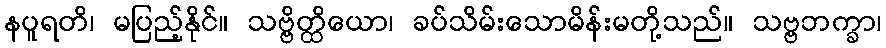
နပူရတိ၊ မပြည့်နိုင်။ သဗ္ဗိတ္ထိယော၊ ခပ်သိမ်းသောမိန်းမတို့သည်။ သဗ္ဗဘက္ခာ၊